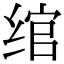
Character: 绾